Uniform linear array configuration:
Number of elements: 16
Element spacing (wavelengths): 1
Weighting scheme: cosine
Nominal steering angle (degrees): -30
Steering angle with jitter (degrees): -28.166
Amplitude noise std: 0.05
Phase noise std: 0.05

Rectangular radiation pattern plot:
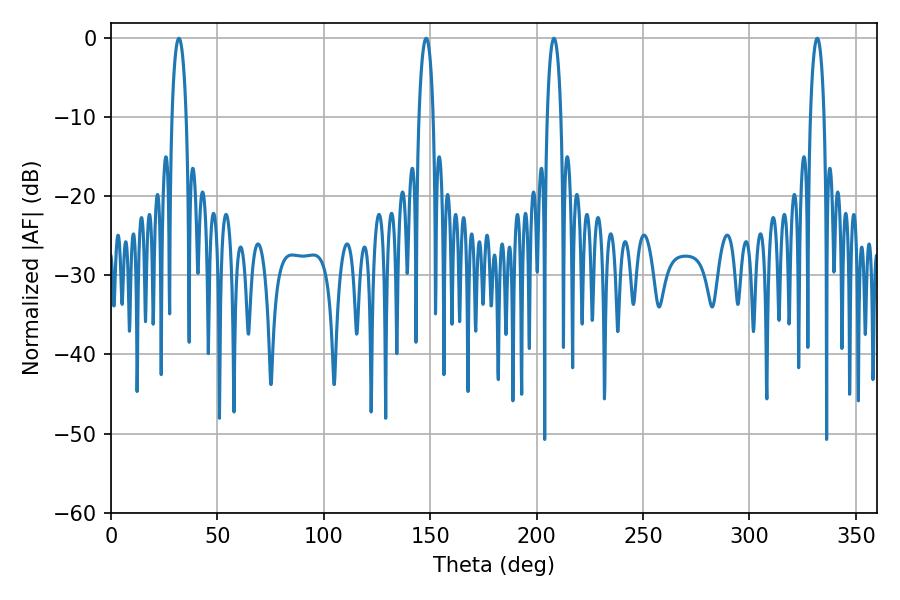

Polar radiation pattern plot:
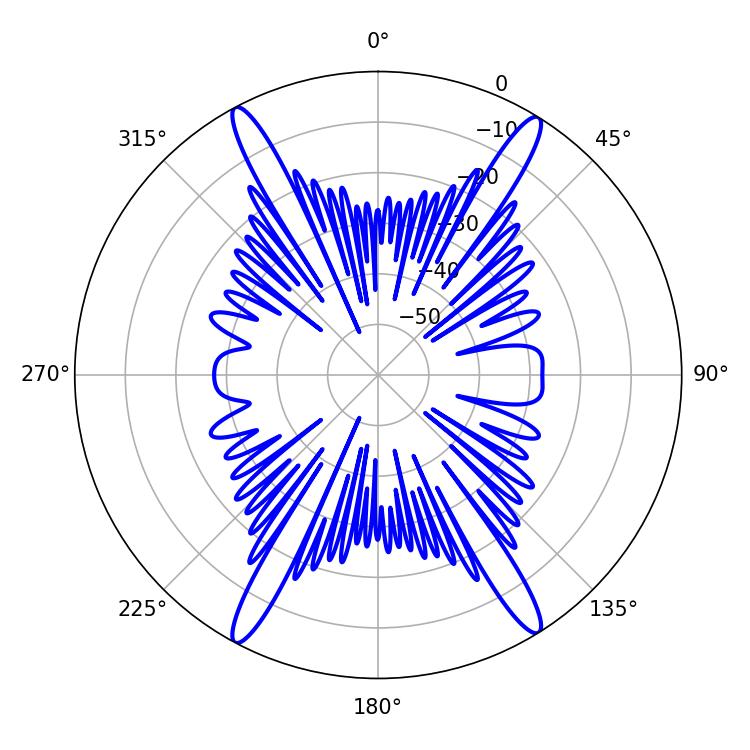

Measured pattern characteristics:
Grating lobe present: TRUE
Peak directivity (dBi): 22.741
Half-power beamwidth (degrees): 3.78
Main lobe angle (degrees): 31.86